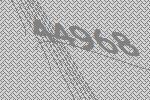
44968